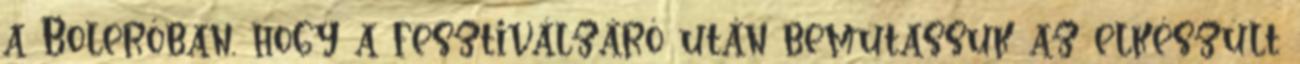
a Boleróban, hogy a fesztiválzáró után bemutassuk az elkészült